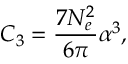
C _ { 3 } = \frac { 7 N _ { e } ^ { 2 } } { 6 \pi } \alpha ^ { 3 } ,